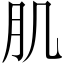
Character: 肌